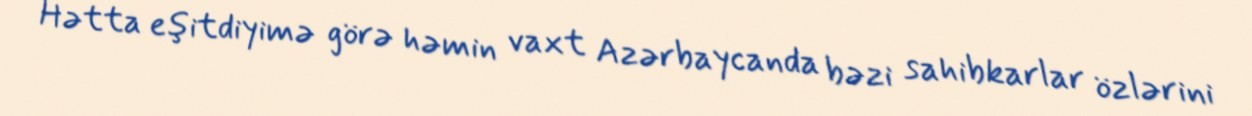
Hətta eşitdiyimə görə həmin vaxt Azərbaycanda bəzi sahibkarlar özlərini